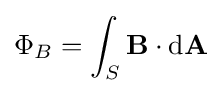
\Phi _{B}=\int _{S}\mathbf {B} \cdot \mathrm {d} \mathbf {A} \,\!